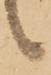
候